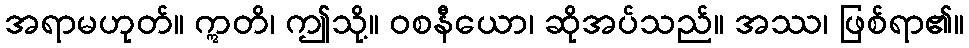
အရာမဟုတ်။ ဣတိ၊ ဤသို့။ ဝစနီယော၊ ဆိုအပ်သည်။ အဿ၊ ဖြစ်ရာ၏။